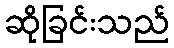
ဆိုခြင်းသည်